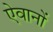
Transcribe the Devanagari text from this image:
ऐवानों